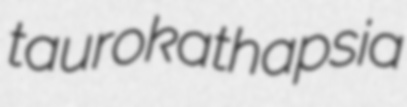
taurokathapsia